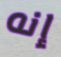
إنه